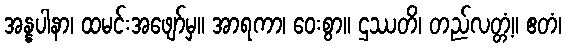
အန္နပါနာ၊ ထမင်းအဖျော်မှ။ အာရကာ၊ ဝေးစွာ။ ဌဿတိ၊ တည်လတ္တံ့။ ဧတံ၊